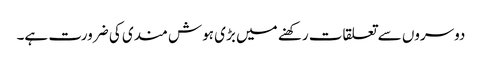
دوسروں سے تعلقات رکھنے میں بڑی ہوش مندی کی ضرورت ہے۔